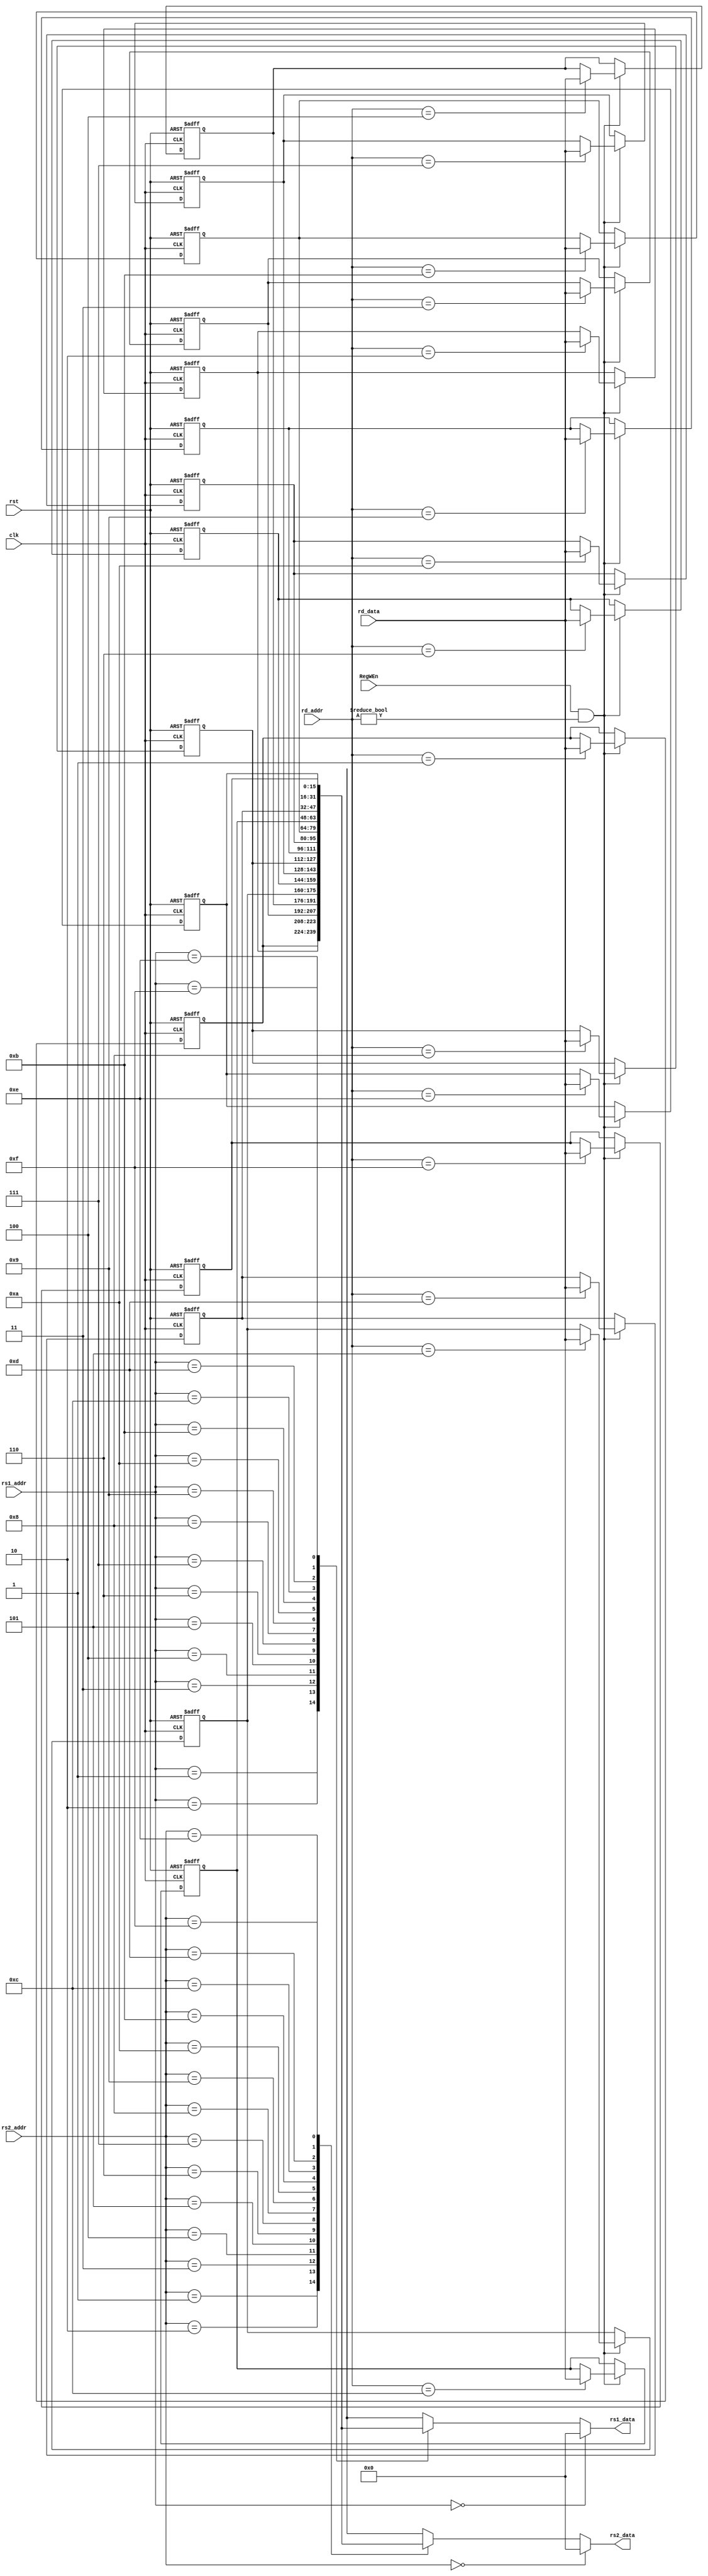
`timescale 1ns / 1ps
//////////////////////////////////////////////////////////////////////////////////

// Module Name: regfile
// Description: 
// 16
// 
//////////////////////////////////////////////////////////////////////////////////


module regfile #(
    parameter REG_ADDR_WIDTH = 4,   //416
    parameter REG_DATA_WIDTH = 16,
    parameter REG_NUMBER = 16
)   (
    input [REG_ADDR_WIDTH-1:0] rs1_addr,
    input [REG_ADDR_WIDTH-1:0] rs2_addr,
    input [REG_ADDR_WIDTH-1:0] rd_addr,
    input [REG_DATA_WIDTH-1:0] rd_data,
    input RegWEn,
    input clk,
    input rst,
    output [REG_DATA_WIDTH-1:0] rs1_data,
    output [REG_DATA_WIDTH-1:0] rs2_data
);

    // 1616
    reg [REG_DATA_WIDTH-1:0] rf [REG_NUMBER-1:0];

    //00
    assign rs1_data = rs1_addr==0 ? 0:rf[rs1_addr];
    assign rs2_data = rs2_addr==0 ? 0:rf[rs2_addr];

    integer i;
    //-------------clk-----------------//
    always @(posedge clk or negedge rst) begin
        if(!rst) begin      //0          
            for (i=0;i<REG_NUMBER;i=i+1) begin
                rf[i] <= 0;
            end
        end
        else begin
            if (RegWEn && rd_addr != 0)
                rf[rd_addr] <= rd_data; //
        end
    end

endmodule